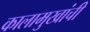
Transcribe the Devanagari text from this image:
कालामुखांची